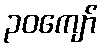
၃၀ကျော်